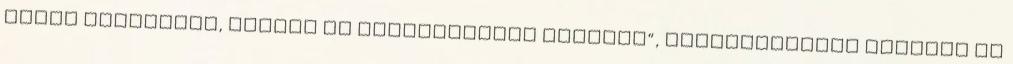
olyan esztendők, amikor az ajándékocska „mögött”, pedagógusnapi jutalom is